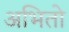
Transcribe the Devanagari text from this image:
अभितो